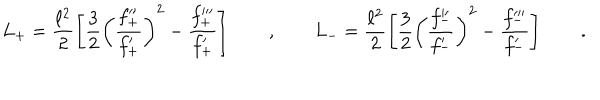
LaTeX: L _ { + } = \frac { \ell ^ { 2 } } 2 \left[ \frac 3 2 \left( \frac { f _ { + } ^ { \prime \prime } } { f _ { + } ^ { \prime } } \right) ^ { 2 } - \frac { f _ { + } ^ { \prime \prime \prime } } { f _ { + } ^ { \prime } } \right] \qquad , \qquad L _ { - } = \frac { \ell ^ { 2 } } 2 \left[ \frac 3 2 \left( \frac { f _ { - } ^ { \prime \prime } } { f _ { - } ^ { \prime } } \right) ^ { 2 } - \frac { f _ { - } ^ { \prime \prime \prime } } { f _ { - } ^ { \prime } } \right] \qquad .